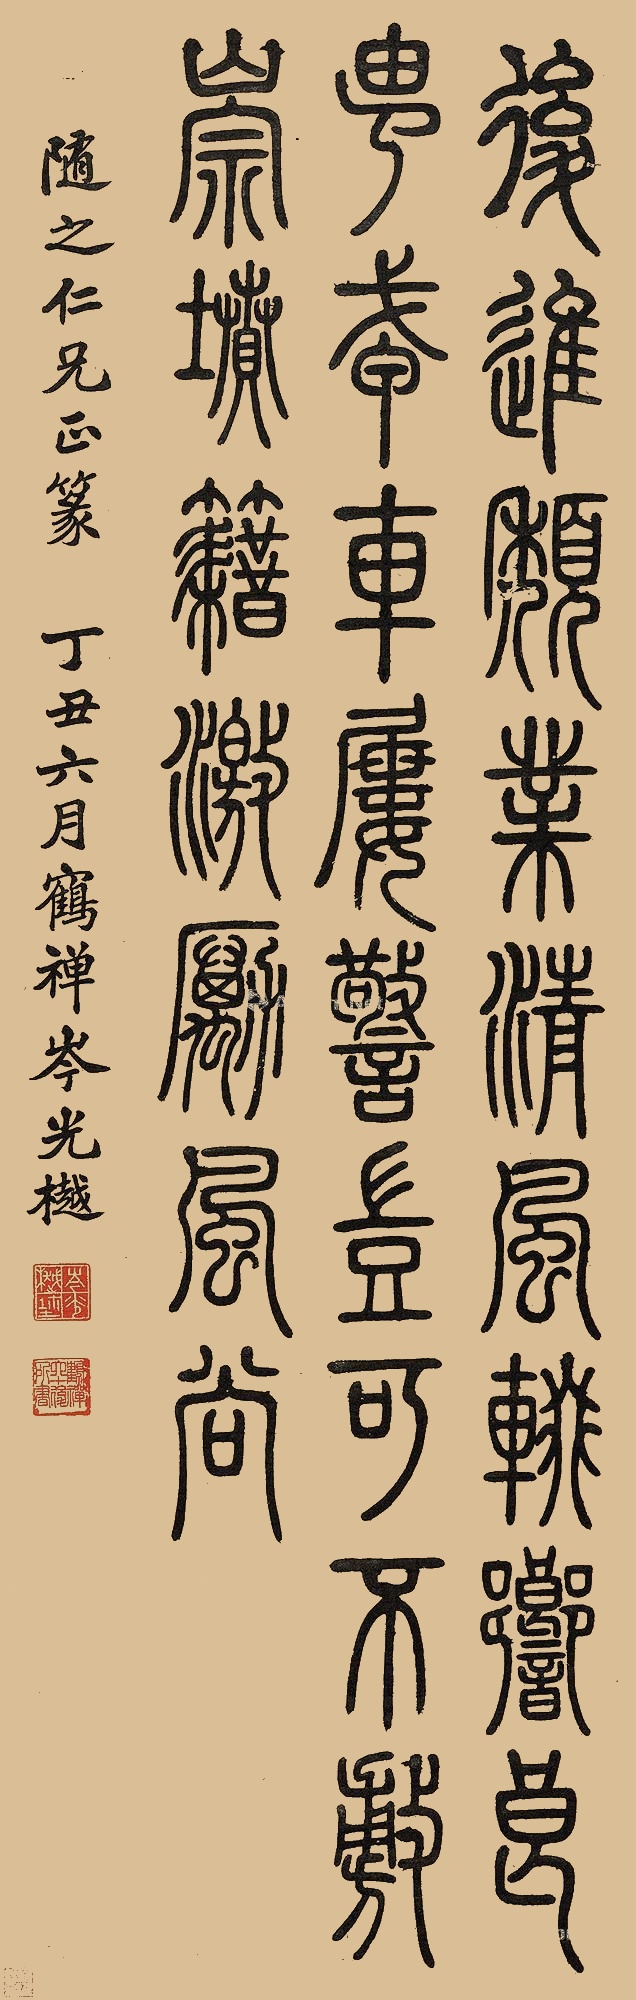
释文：后进颓业，清风辄响。良由戒车屡警，岂可不敷崇坟藉，激励风尚。随之仁兄正篆。丁丑六月，鹤襌岑光樾。